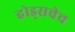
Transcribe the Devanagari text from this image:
ऱ्होड्सचेच